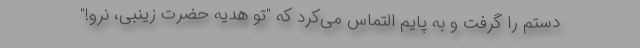
دستم را گرفت و به پایم التماس می‌کرد که "تو هدیه حضرت زینبی، نرو!"